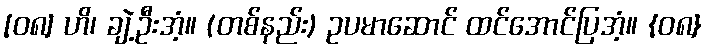
[၀၈] ဟိ၊ ချဲ့ဦးအံ့။ (တစ်နည်း) ဥပမာဆောင် ထင်အောင်ပြအံ့။ {၀၈}